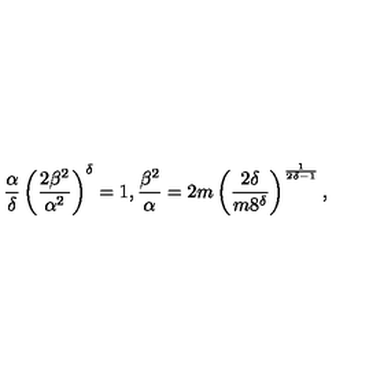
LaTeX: \frac { \alpha } { \delta } \left( \frac { 2 \beta ^ { 2 } } { \alpha ^ { 2 } } \right) ^ { \delta } = 1 , \frac { \beta ^ { 2 } } { \alpha } = 2 m \left( \frac { 2 \delta } { m 8 ^ { \delta } } \right) ^ { \frac { 1 } { 2 \delta - 1 } } ,